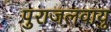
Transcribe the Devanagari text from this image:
पुराजलवायु